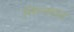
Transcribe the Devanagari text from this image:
निम्नदाव